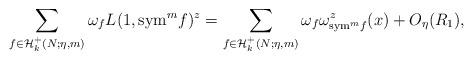
LaTeX: \begin{align*}\sum_{f\in \mathcal{H}^+_k(N;\eta,m)}\omega_f L(1,{\rm sym}^m f)^z=\sum_{f\in \mathcal{H}^+_k(N; \eta, m)}\omega_f \omega^z_{{\rm sym}^m f}(x)+O_{\eta}(R_1),\end{align*}